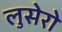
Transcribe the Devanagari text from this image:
लुसेरो